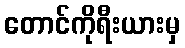
တောင်ကိုရီးယားမှ